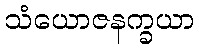
သံယောဇနက္ခယာ